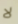
لا